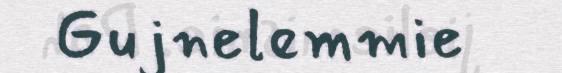
Gujnelemmie